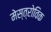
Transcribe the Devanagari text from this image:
मेस्त्रोविक